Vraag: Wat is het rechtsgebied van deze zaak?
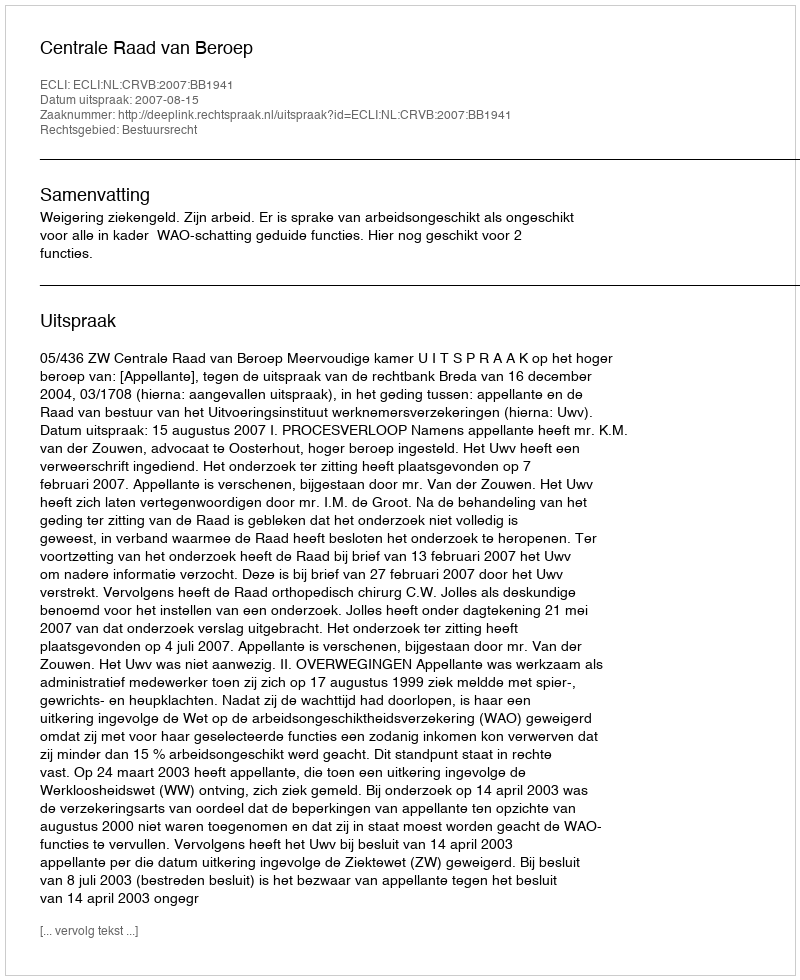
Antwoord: Bestuursrecht